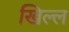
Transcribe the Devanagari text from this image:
खिल्ल